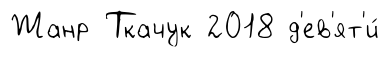
Жанр Ткачук 2018 д'ев'ят'и́